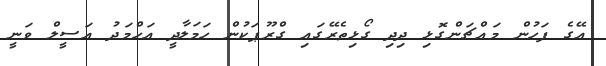
އޭގެ ފަހުން މައްޗަންގޮޅި ދިދި ގޯޅިތެރޭގައި ގްރޫޕަކުން ހަމަލާދީ އަހްމަދު އަސީލް ވަނީ